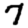
Digit: 7